Senior Leaving Certificate Examination (including Day School Certificate (Higher) General paper), 1948
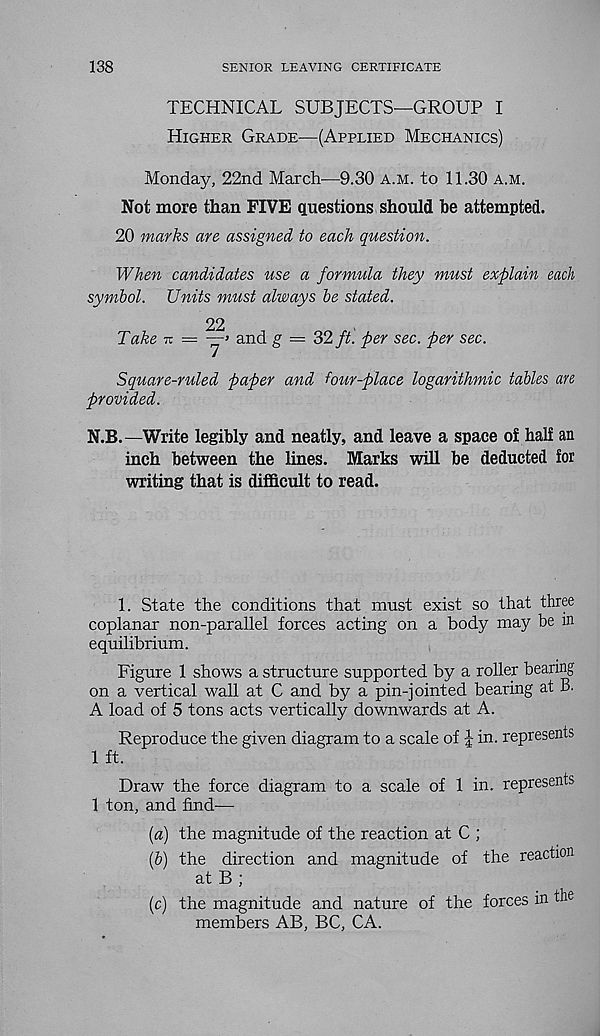
138
SENIOR LEAVING CERTIFICATE
TECHNICAL SUBJECTS—GROUP I
Higher Grade—(Applied Mechanics)
Monday, 22nd March—9.30 a.m. to 11.30 a.m.
Not more than FIVE questions should he attempted.
20 marks are assigned to each question.
When candidates use a formula they must explain each
symbol. Units must always be stated.
22
Take 7t = —> and g = 32 ft. per sec. per sec.
Square-ruled paper and four-p>lace logarithmic tables are
provided.
N.B.—Write legibly and neatly, and leave a space of half an
inch between the lines. Marks will be deducted for
writing that is difficult to read.
1. State the conditions that must exist so that three
coplanar non-parallel forces acting on a body may be in
equilibrium.
Figure 1 shows a structure supported by a roller bearing
on a vertical wall at C and by a pin-jointed bearing at B.
A load of 5 tons acts vertically downwards at A.
Reproduce the given diagram to a scale of J in. represents
1 ft.
Draw the force diagram to a scale of 1 in. represents
1 ton, and find—
[a) the magnitude of the reaction at C ;
(5) the direction and magnitude of the reaction
at B ;
(c) the magnitude and nature of the forces in the
members AB, BC, CA.